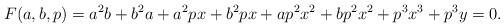
LaTeX: \begin{align*} F(a, b, p) = a^2b + b^2a + a^2px + b^2px + ap^2x^2 + bp^2x^2 + p^3x^3 + p^3y = 0. \end{align*}